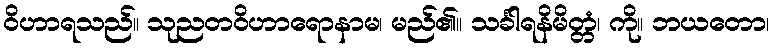
ဝိဟာရသည်။ သုညတဝိဟာရောနာမ၊ မည်၏။ သင်္ခါရနိမိတ္တံ၊ ကို။ ဘယတော၊